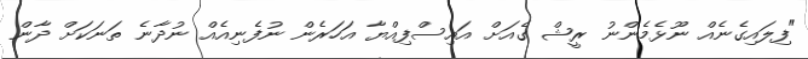
"ފިލައިގެނެއް ނޫޅެމެންނު ރީޝް ގެއަށް އައިސްފިއްޔާ އަހަރެން ނުފެނިއެއް ނުދާނެ ތަނަކަށް ދާން